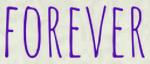
FOREVER